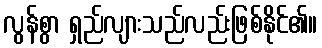
လွန်စွာ ရှည်လျားသည်လည်းဖြစ်နိုင်၏။